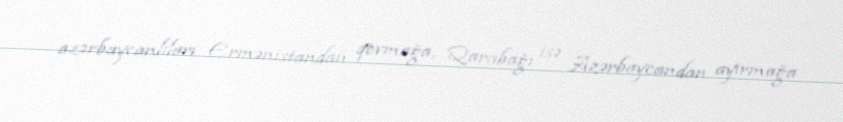
azərbaycanlıları Ermənistandan qovmağa, Qarabağı isə Azərbaycandan ayırmağa